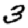
Digit: 3